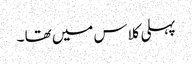
پہلی کلاس میں تھا ۔